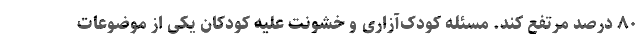
۸۰ درصد مرتفع کند. مسئله کودک‌آزاری و خشونت علیه کودکان یکی از موضوعات